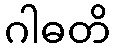
ဂါဓတိ